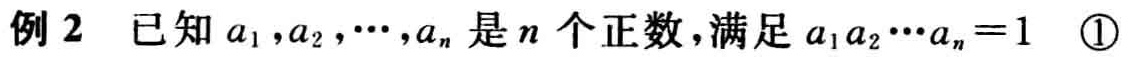
例2 已知\(a_{1},a_{2},\cdots,a_{n}\)是\(n\)个正数，满足\(a_{1}a_{2}\cdots a_{n}=1\) \textcircled{1}